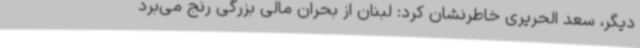
دیگر، سعد الحریری خاطرنشان کرد: لبنان از بحران مالی بزرگی رنج می‌برد